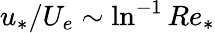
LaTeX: u_{*}/U_{e}\sim\ln^{-1}Re_{*}